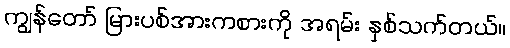
ကျွန်တော် မြားပစ်အားကစားကို အရမ်း နှစ်သက်တယ်။